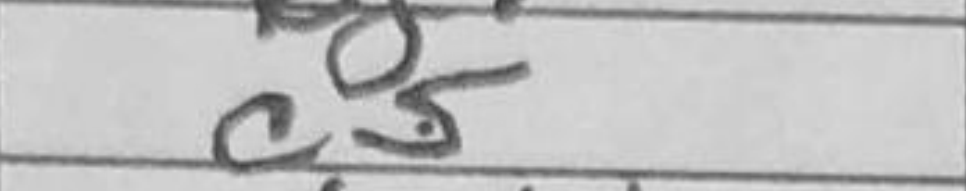
Transcription: c5